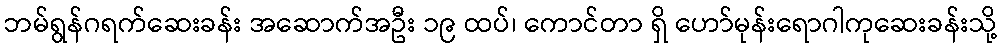
ဘမ်ရွန်ဂရက်ဆေးခန်း အဆောက်အဦး ၁၉ ထပ်၊ ကောင်တာ ရှိ ဟော်မုန်းရောဂါကုဆေးခန်းသို့